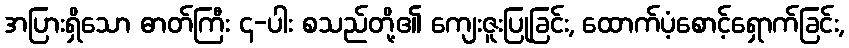
အပြားရှိသော ဓာတ်ကြီး ၄-ပါး စသည်တို့၏ ကျေးဇူးပြုခြင်း, ထောက်ပံ့စောင့်ရှောက်ခြင်း,